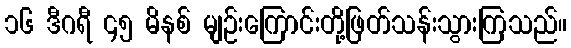
၁၆ ဒီဂရီ ၄၅ မိနစ် မျဉ်းကြောင်းတို့ဖြတ်သန်းသွားကြသည်။